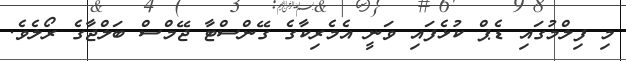
މި ފިލްމުގައި ޑެޕް ކުޅެފައި ވަނީ އެމެރިކާގެ ގޭންސްޓާ ޖޭމްސް ބަލްޖާގެ ރޯލެވެ.